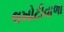
લખોટીવાળા